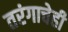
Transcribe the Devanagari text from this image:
तरंगाचेही